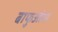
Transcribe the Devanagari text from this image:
बाफुओन।